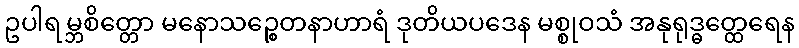
ဥပါရမ္ဘစိတ္တော မနောသဉ္စေတနာဟာရံ ဒုတိယပဒေန မစ္စုဝသံ အနုရုဒ္ဓတ္ထေရေန